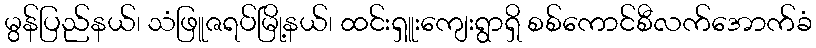
မွန်ပြည်နယ်၊ သံဖြူဇရပ်မြို့နယ်၊ ထင်းရှူးကျေးရွာရှိ စစ်ကောင်စီလက်အောက်ခံ